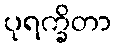
ပုရက္ခိတာ